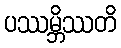
ပဿမ္ဘိဿတိ